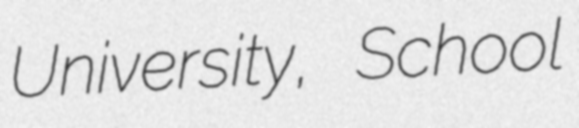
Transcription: University, School